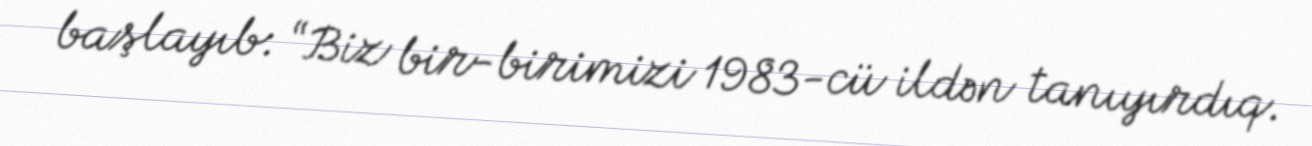
başlayıb: “Biz bir-birimizi 1983-cü ildən tanıyırdıq.